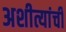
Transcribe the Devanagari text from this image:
अशीत्यांची